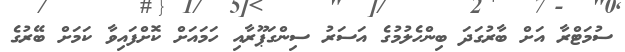
ސުމަޓްރާ އަށް ބާރުގަދަ ބިންހެލުމުގެ އަސަރު ސިންގަޕޫރާއި ހަމައަށް ކޮށްފައިވާ ކަމަށް ބޭރުގެ